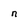
Character: n